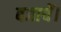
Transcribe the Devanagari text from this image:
बजायें।